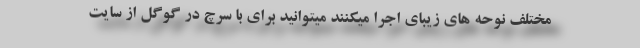
مختلف نوحه های زیبای اجرا میکنند میتوانید برای با سرچ در گوگل از سایت